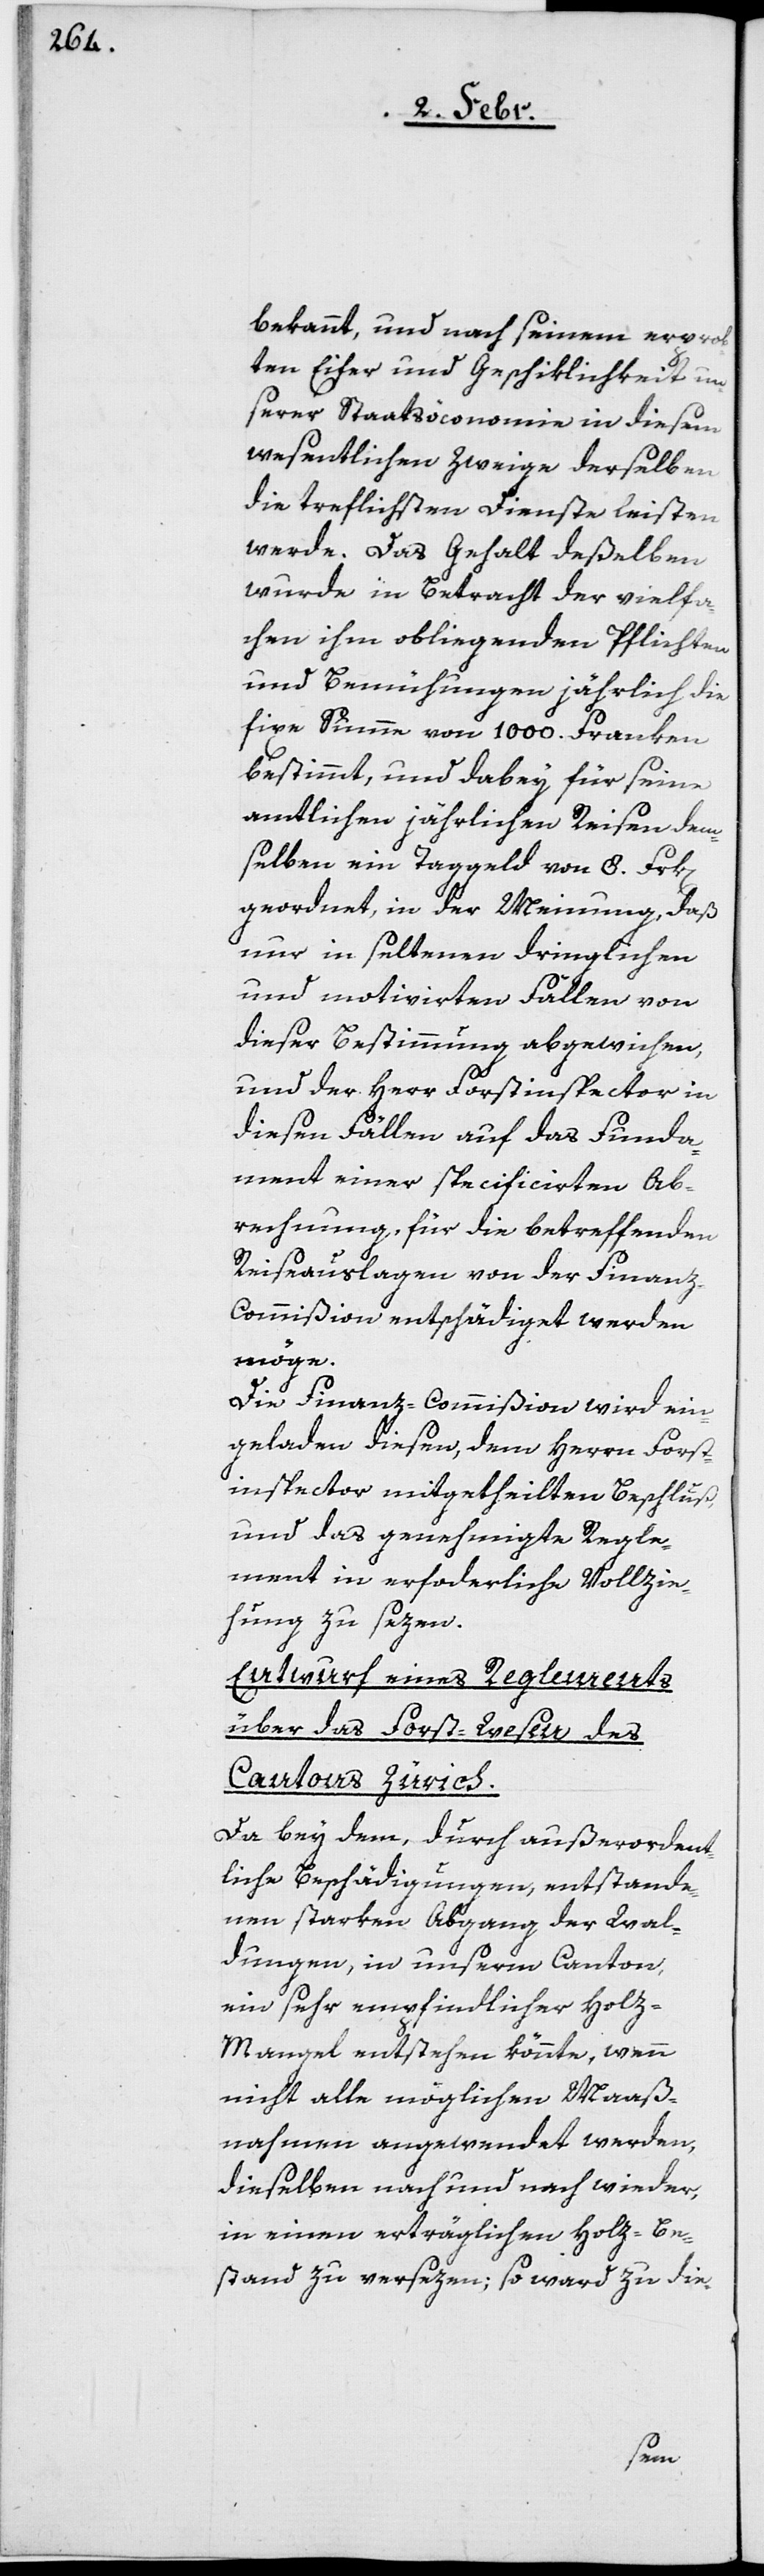
bekannt, und nach seinem erprob¬
ten Eifer und Geschiklichkeit un¬
serer Staatsöconomie in diesem
wesentlichen Zweige derselben
die trefflichsten Dienste leisten
werde. Das Gehalt deßelben
wurde in Betracht der vielfa¬
chen ihm obliegenden Pflichten
und Bemühungen jährlich die
fixe Summe von 1000. Franken
bestimmt, und dabey für seine
amtlichen jährlichen Reisen dem¬
selben ein Taggeld von 8. Frk[en].
geordnet, in der Meinung, daß
nur in seltenen dringlichen
und motivirten Fällen von
dieser Bestimmung abgewichen,
und der Herr Forstinspector in
diesen Fällen auf das Funda¬
ment einer specificirten Ab¬
rechnung, für die betreffenden
Reiseauslagen von der Finan¬
z-Commißion entschädiget werden
möge.
Die Finanz-Commißion wird ein¬
geladen, diesen dem Herrn Fost¬
inspector mitgetheilten Beschluß
und das genehmigte Regle¬
ment in erforderliche Vollzie¬
hung zu sezen.
Entwurf eines Reglements
über das Forst-Wesen des
Cantons Zürich.
Da bey dem, durch außerordent¬
liche Beschädigungen, entstande¬
nen starken Abgang der Wal¬
dungen, in unserm Canton,
ein sehr empfindlicher Holz-M¬
angel entstehen könnte, wenn
nicht alle möglichen Maaß¬
nahmen angewendet werden,
dieselben nach und nach wieder,
in einen erträglichen Holz-Be¬
stand zu versezen; so ward zu die-